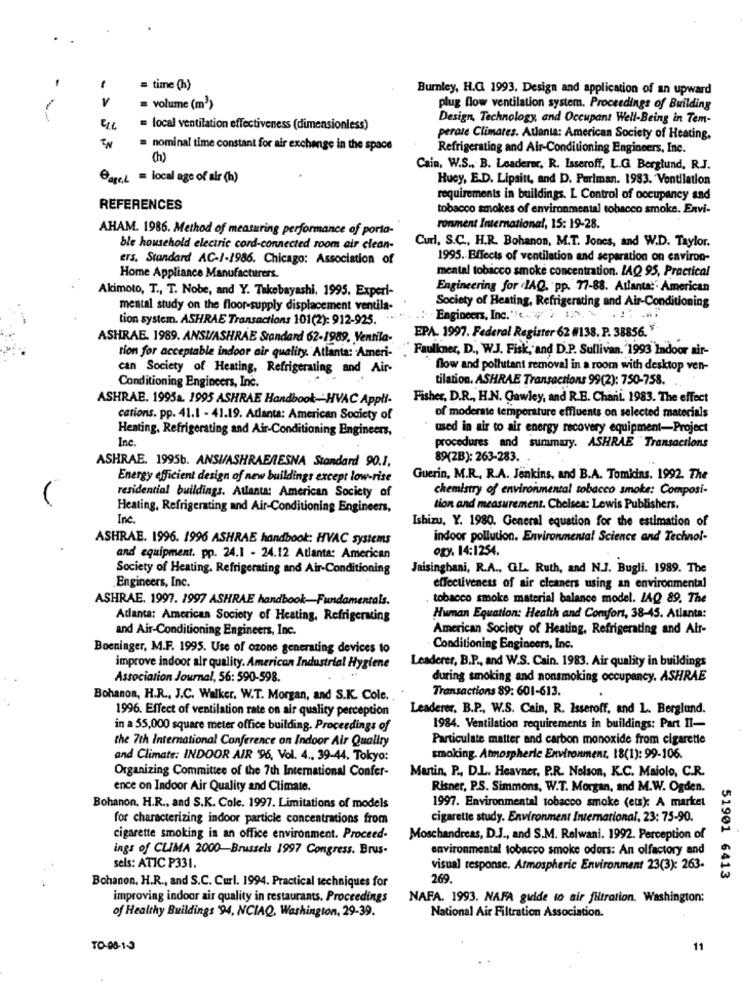
= time (h)
Burnley, H.G. 1993. Design and application of an upward
V
= volume (m3)
plug flow ventilation system. Proceedings of Building
Design, Technology, and Occupant Well-Being in Tem-
= local ventilation effectiveness (dimensionless)
perate Climates. Atlanta: American Society of Heating,
= nominal time constant for air exchange in the space
Refrigerating and Air-Conditioning Engineers, Inc.
(h)
Cain, W.S ., B. Leaderer, R. Isseroff, L.G. Berglund, R.J.
Gate,L = local age of air (h)
Hucy, E.D. Lipsitt, and D. Perlman. 1983. Ventilation
requirements in buildings. L Control of occupancy and
REFERENCES
tobacco smokes of environmental tobacco smoke. Envi-
AHAM. 1986. Method of measuring performance of porta-
ronment International, 15: 19-28.
ble household electric cord-connected room air clean-
Curl, S.C ., H.R. Bohanon, M.T. Jones, and W.D. Taylor.
ers. Standard AC-1-1986. Chicago: Association of
1995. Effects of ventilation and separation on environ-
mental tobacco smoke concentration. LAQ 95, Practical
Home Appliance Manufacturers.
Akimoto, T ., T. Nobe, and Y. Takobayashi. 1995. Experi-
Engineering for IAQ, pp. 77-88. Atlanta:' American
mental study on the floor-supply displacement ventila-
Society of Heating, Refrigerating and Air-Conditioning
tion system. ASHRAE Transactions 101(2): 912-925.
.: Engineers, Inc. ""c ... "> 12 \
EPA. 1997. Federal Register 62 #138. P. 38856. "
ASHRAE. 1989. ANSUASHRAE Standard 62-1989. Ventila-
tion for acceptable indoor air quality. Atlanta: Ameri-
" Faulkner, D ., W.J. Fisk, and D.P. Sullivan. 1993"Indoor air-
can Society of Heating, Refrigerating and Air-
flow and pollutant removal in a room with desktop ven-
tilation. ASHRAE Transactions 99(2): 750-758.
Conditioning Engineers, Inc.
ASHRAE. 1995a. 1995 ASHRAE Handbook -- HVAC Appli-
Fisher, D.R ., H.N. Gawley, and R.B. Chani. 1983. The effect
cations. pp. 41.1 - 41.19. Atlanta: American Society of
of moderate temperature effluents on selected materials
Heating, Refrigerating and Air-Conditioning Engineers,
used in air to air energy recovery equipment-Project
Inc.
procedures and summary. ASHRAE Transactions
ASHRAE. 1995b. ANSI/ASHRAERESNA Standard 90.1.
89(2B): 263-283.
Energy efficient design of new buildings except low-rise
Guerin, M.R ., R.A. Jenkins, and B.A. Tomkins. 1992. The
chemistry of environmental tobacco smoke: Composi-
residential buildings. Atlanta: American Society of
Heating, Refrigerating and Air-Conditioning Engineers,
tion and measurement. Chelsea: Lewis Publishers.
Inc.
Ishizu, Y. 1980. General equation for the estimation of
ASHRAE. 1996. 1996 ASHRAE handbook: HVAC systems
indoor pollution. Environmental Science and Technol-
ogy, 14:1254.
and equipment. pp. 24.1 - 24.12 Atlanta: American
Society of Heating. Refrigerating and Air-Conditioning
Jaisinghani, R.A ., GL. Ruth, and N.J. Bugli. 1989. The
Engineers, Inc.
effectiveness of air cleaners using an environmental
ASHRAE. 1997. 1997 ASHRAE handbook-Fundamentals.
tobacco smoke material balance model. LAQ 89. The
Atlanta: American Society of Heating, Refrigerating
Human Equation: Health and Comfort, 38-45. Atlanta:
and Air-Conditioning Engineers, Inc.
American Society of Heating, Refrigerating and Air-
Boeninger, M.F. 1995. Use of ozone generating devices to
Conditioning Engineers, Inc.
Leaderer, B.P ., and W.S. Cain. 1983. Air quality in buildings
improve indoor air quality. American Industrial Hygiene
Association Journal, 56: 590-598.
during smoking and nonsmoking occupancy. ASHRAE
Transactions 89: 601-613.
Bohanon, H.R ., J.C. Walker, W.T. Morgan, and S.K. Cole ..
1996. Effect of ventilation rate on air quality perception
Leaderer. B.P ., W.S. Cain, R. Isseroff, and L. Berglund.
in a 55,000 square meter office building. Proceedings of
1984. Ventilation requirements in buildings: Part II-
the 7th International Conference on Indoor Air Quality
Particulate matter and carbon monoxide from cigarette
and Climate: INDOOR AIR 96, Vol. 4 ., 39-44. Tokyo:
smoking. Atmospheric Environment, 18(1): 99-106.
Organizing Committee of the 7th International Confer-
Martin, P ., D.L. Heavner. P.R. Nelson, K.C. Maiolo, C.R.
ence on Indoor Air Quality and Climate.
Risner, P.S. Simmons, W.T. Morgan, and M.W. Ogden.
1997. Environmental tobacco smoke (ets): A market
Bohanon. H.R ., and S.K. Cole. 1997. Limitations of models
for characterizing indoor particle concentrations from
cigarette study. Environment International, 23: 75-90.
cigarette smoking in an office environment. Proceed-
Moschandreas, D.J ., and S.M. Relwani. 1992. Perception of
ings of CLIMA 2000-Brussels 1997 Congress. Brus-
environmental tobacco smoke odors: An olfactory and
sels: ATIC P331.
visual response. Atmospheric Environment 23(3): 263-
Bohanon, H.R ., and S.C. Curl. 1994. Practical techniques for
269.
51901 6413
improving indoor air quality in restaurants. Proceedings
NAFA. 1993. NAFA guide to air filtration. Washington:
of Healthy Buildings '94, NCIAQ, Washington, 29-39.
National Air Filtration Association.
TO-08-1-3
11